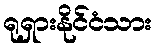
ရုရှားနိုင်ငံသား